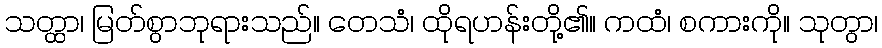
သတ္ထာ၊ မြတ်စွာဘုရားသည်။ တေသံ၊ ထိုရဟန်းတို့၏။ ကထံ၊ စကားကို။ သုတွာ၊